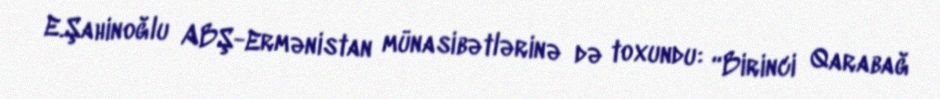
E.Şahinoğlu ABŞ-Ermənistan münasibətlərinə də toxundu: “Birinci Qarabağ